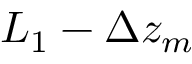
L _ { 1 } - \Delta z _ { m }